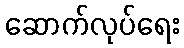
ဆောက်လုပ်ရေး